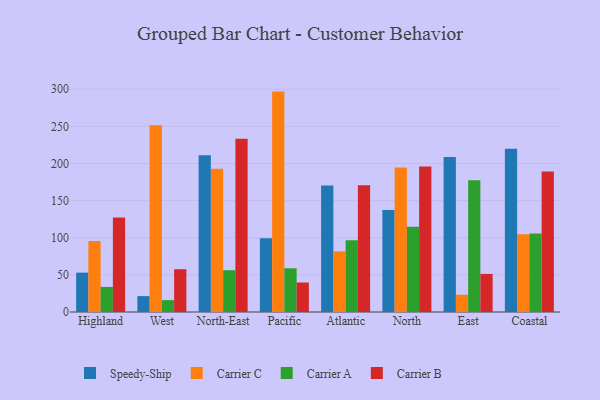
{"axis": {"x": "Region", "y": "Demand Index"}, "legend": ["Carrier A", "Carrier B", "Carrier C", "Speedy-Ship"], "data": [{"x": "Highland", "y": 53.0, "type": "Speedy-Ship"}, {"x": "Highland", "y": 95.6, "type": "Carrier C"}, {"x": "Highland", "y": 33.8, "type": "Carrier A"}, {"x": "Highland", "y": 127.1, "type": "Carrier B"}, {"x": "West", "y": 21.4, "type": "Speedy-Ship"}, {"x": "West", "y": 251.4, "type": "Carrier C"}, {"x": "West", "y": 16.0, "type": "Carrier A"}, {"x": "West", "y": 57.6, "type": "Carrier B"}, {"x": "North-East", "y": 211.0, "type": "Speedy-Ship"}, {"x": "North-East", "y": 193.0, "type": "Carrier C"}, {"x": "North-East", "y": 56.3, "type": "Carrier A"}, {"x": "North-East", "y": 233.4, "type": "Carrier B"}, {"x": "Pacific", "y": 99.3, "type": "Speedy-Ship"}, {"x": "Pacific", "y": 296.8, "type": "Carrier C"}, {"x": "Pacific", "y": 58.9, "type": "Carrier A"}, {"x": "Pacific", "y": 39.7, "type": "Carrier B"}, {"x": "Atlantic", "y": 170.2, "type": "Speedy-Ship"}, {"x": "Atlantic", "y": 81.6, "type": "Carrier C"}, {"x": "Atlantic", "y": 96.5, "type": "Carrier A"}, {"x": "Atlantic", "y": 170.8, "type": "Carrier B"}, {"x": "North", "y": 137.3, "type": "Speedy-Ship"}, {"x": "North", "y": 194.7, "type": "Carrier C"}, {"x": "North", "y": 114.8, "type": "Carrier A"}, {"x": "North", "y": 195.8, "type": "Carrier B"}, {"x": "East", "y": 208.7, "type": "Speedy-Ship"}, {"x": "East", "y": 23.2, "type": "Carrier C"}, {"x": "East", "y": 177.4, "type": "Carrier A"}, {"x": "East", "y": 51.3, "type": "Carrier B"}, {"x": "Coastal", "y": 220.0, "type": "Speedy-Ship"}, {"x": "Coastal", "y": 104.7, "type": "Carrier C"}, {"x": "Coastal", "y": 105.8, "type": "Carrier A"}, {"x": "Coastal", "y": 189.1, "type": "Carrier B"}]}